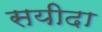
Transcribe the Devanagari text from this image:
सयीदा